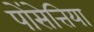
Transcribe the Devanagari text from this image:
पोंसेत्तिया